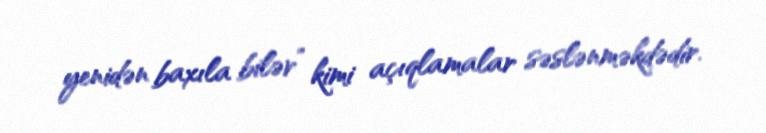
yenidən baxıla bilər” kimi açıqlamalar səslənməkdədir.